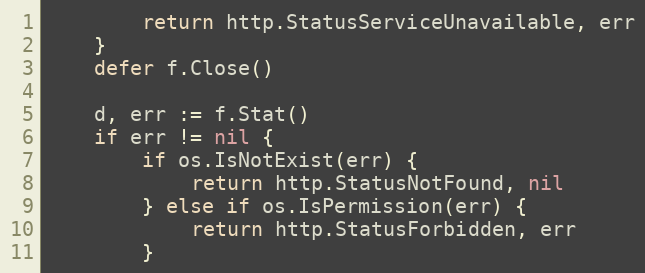
Language: Go
		return http.StatusServiceUnavailable, err
	}
	defer f.Close()

	d, err := f.Stat()
	if err != nil {
		if os.IsNotExist(err) {
			return http.StatusNotFound, nil
		} else if os.IsPermission(err) {
			return http.StatusForbidden, err
		}